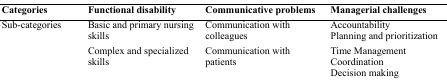
<table><thead><tr><td><b>Categories</b></td><td><b>Functional disability</b></td><td><b>Communicative problems</b></td><td><b>Managerial challenges</b></td></tr></thead><tbody><tr><td rowspan="2">Sub-categories</td><td>Basic and primary nursing skills</td><td>Communication with colleagues</td><td>Accountability Planning and prioritization</td></tr><tr><td>Complex and specialized skills</td><td>Communication with patients</td><td>Time Management Coordination Decision making</td></tr></tbody></table>